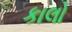
કાલો